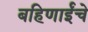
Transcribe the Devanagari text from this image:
बहिणाईंचे